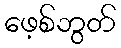
ဖေ့စ်ဘွတ်